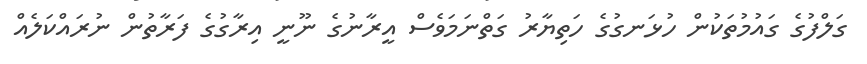
ގަލްފުގެ ގައުމުތަކުން ހުޅަނގުގެ ހަތިޔާރު ގަތްނަމަވެސް އީރާނުގެ ނޫނީ އިރާގުގެ ފަރާތުން ނުރައްކަލެއް